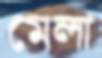
মেলা